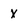
Character: X